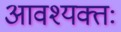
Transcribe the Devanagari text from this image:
आवश्यक्तः